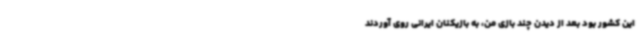
این کشور بود بعد از دیدن چند بازی من، به بازیکنان ایرانی روی آوردند